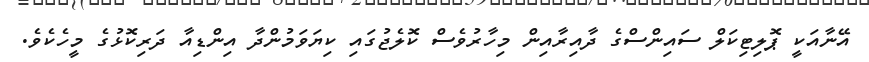
އޭނާއަކީ ޕޮލިޓިކަލް ސައިންސްގެ ދާއިރާއިން މިހާރުވެސް ކޮލެޖުގައި ކިޔަވަމުންދާ އިންޑިއާ ދަރިކޮޅުގެ މީހެކެވެ.